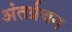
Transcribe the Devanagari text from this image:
अंतर्ग्रथन